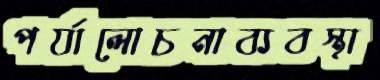
পর্যালোচনাব্যবস্থা